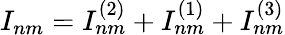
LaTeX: I_{nm}=I_{nm}^{(2)}+I_{nm}^{(1)}+I_{nm}^{(3)}